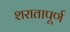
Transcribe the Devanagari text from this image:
शरातापूर्ण